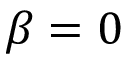
\beta = 0